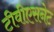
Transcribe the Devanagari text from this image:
टीवीएसनेट